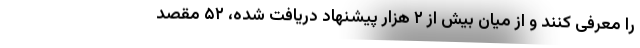
را معرفی کنند و از میان بیش از ۲ هزار پیشنهاد دریافت شده، ۵۲ مقصد